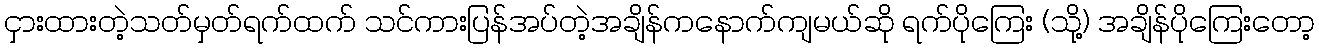
ငှားထားတဲ့သတ်မှတ်ရက်ထက် သင်ကားပြန်အပ်တဲ့အချိန်ကနောက်ကျမယ်ဆို ရက်ပိုကြေး (သို့) အချိန်ပိုကြေးတော့